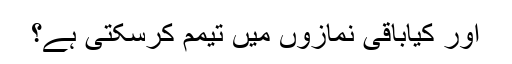
اور کیاباقی نمازوں میں تیمم کرسکتی ہے؟